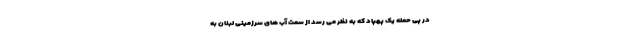
در پی حمله یک پهپاد که به نظر می رسد از سمت آب های سرزمینی لبنان به